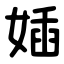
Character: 㛼